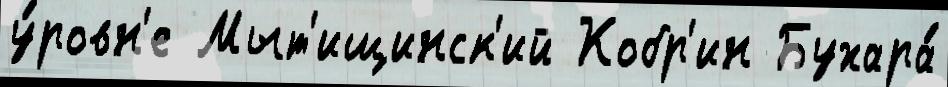
у́ровн'е Мыт'ищинск'ий Кобр'ин Бухара́